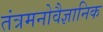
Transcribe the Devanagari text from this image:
तंत्रमनोवैज्ञानिक